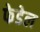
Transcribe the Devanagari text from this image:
फेडेल